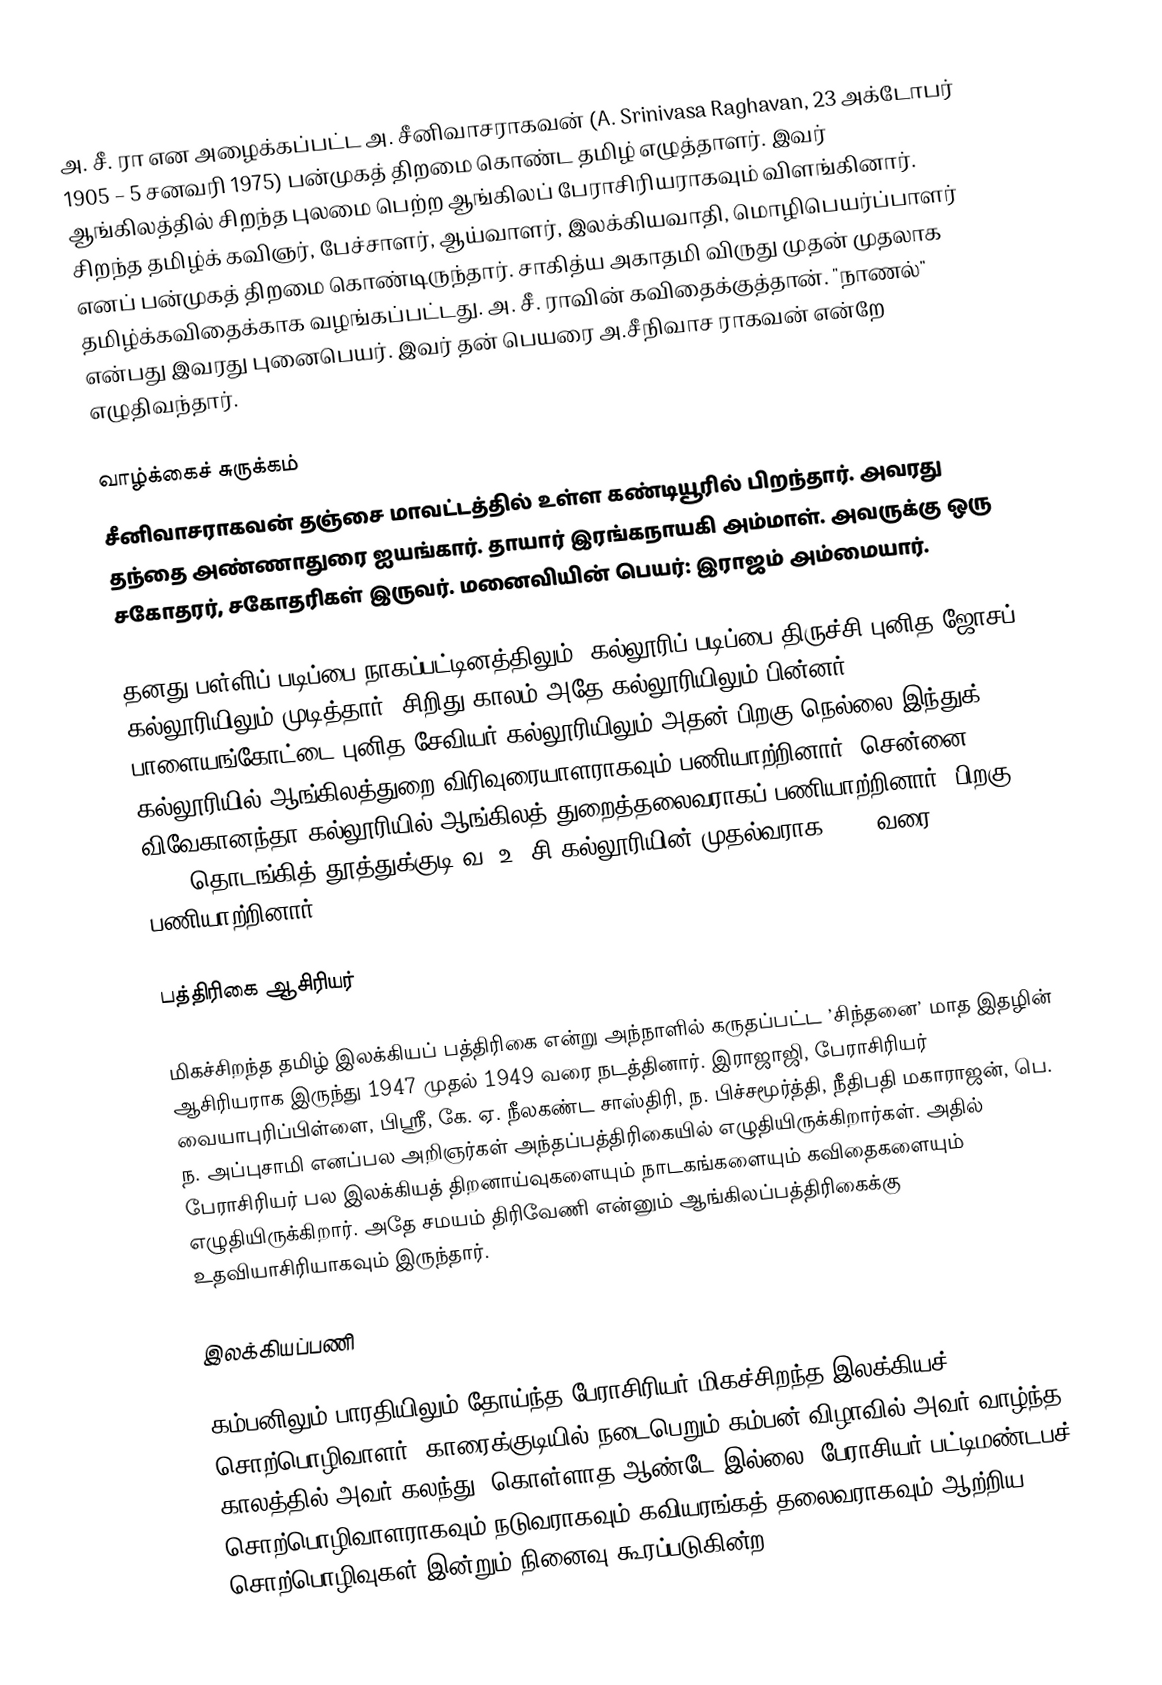
அ. சீ. ரா என அழைக்கப்பட்ட அ. சீனிவாசராகவன் (A. Srinivasa Raghavan, 23 அக்டோபர் 1905 – 5 சனவரி 1975) பன்முகத் திறமை கொண்ட தமிழ் எழுத்தாளர். இவர் ஆங்கிலத்தில் சிறந்த புலமை பெற்ற ஆங்கிலப் பேராசிரியராகவும் விளங்கினார். சிறந்த தமிழ்க் கவிஞர், பேச்சாளர், ஆய்வாளர், இலக்கியவாதி, மொழிபெயர்ப்பாளர் எனப் பன்முகத் திறமை கொண்டிருந்தார். சாகித்ய அகாதமி விருது முதன் முதலாக தமிழ்க்கவிதைக்காக வழங்கப்பட்டது. அ. சீ. ராவின் கவிதைக்குத்தான். "நாணல்" என்பது இவரது புனைபெயர். இவர் தன் பெயரை அ.சீநிவாச ராகவன் என்றே எழுதிவந்தார்.

வாழ்க்கைச் சுருக்கம்
சீனிவாசராகவன் தஞ்சை மாவட்டத்தில் உள்ள கண்டியூரில் பிறந்தார். அவரது தந்தை அண்ணாதுரை ஐயங்கார். தாயார் இரங்கநாயகி அம்மாள். அவருக்கு ஒரு சகோதரர், சகோதரிகள் இருவர். மனைவியின் பெயர்: இராஜம் அம்மையார்.

தனது பள்ளிப் படிப்பை நாகப்பட்டினத்திலும், கல்லூரிப் படிப்பை திருச்சி புனித ஜோசப் கல்லூரியிலும் முடித்தார். சிறிது காலம் அதே கல்லூரியிலும் பின்னர் பாளையங்கோட்டை புனித சேவியர் கல்லூரியிலும் அதன் பிறகு நெல்லை இந்துக் கல்லூரியில் ஆங்கிலத்துறை விரிவுரையாளராகவும் பணியாற்றினார். சென்னை விவேகானந்தா கல்லூரியில் ஆங்கிலத் துறைத்தலைவராகப்  பணியாற்றினார். பிறகு 1951 தொடங்கித் தூத்துக்குடி வ. உ .சி கல்லூரியின் முதல்வராக 1969 வரை பணியாற்றினார்.

பத்திரிகை ஆசிரியர்

மிகச்சிறந்த தமிழ் இலக்கியப் பத்திரிகை என்று அந்நாளில் கருதப்பட்ட ’சிந்தனை’ மாத இதழின் ஆசிரியராக இருந்து 1947 முதல் 1949 வரை நடத்தினார். இராஜாஜி, பேராசிரியர் வையாபுரிப்பிள்ளை, பிஸ்ரீ, கே. ஏ. நீலகண்ட சாஸ்திரி, ந. பிச்சமூர்த்தி, நீதிபதி மகாராஜன், பெ. ந. அப்புசாமி  எனப்பல அறிஞர்கள் அந்தப்பத்திரிகையில் எழுதியிருக்கிறார்கள். அதில் பேராசிரியர் பல இலக்கியத் திறனாய்வுகளையும்  நாடகங்களையும் கவிதைகளையும் எழுதியிருக்கிறார். அதே சமயம் திரிவேணி என்னும் ஆங்கிலப்பத்திரிகைக்கு உதவியாசிரியாகவும் இருந்தார்.

இலக்கியப்பணி

கம்பனிலும் பாரதியிலும் தோய்ந்த பேராசிரியர்  மிகச்சிறந்த இலக்கியச் சொற்பொழிவாளர். காரைக்குடியில் நடைபெறும் கம்பன் விழாவில் அவர் வாழ்ந்த காலத்தில் அவர் கலந்து ”கொள்ளாத ஆண்டே இல்லை. பேராசியர் பட்டிமண்டபச் சொற்பொழிவாளராகவும்   நடுவராகவும் கவியரங்கத் தலைவராகவும்  ஆற்றிய சொற்பொழிவுகள் இன்றும் நினைவு கூரப்படுகின்ற